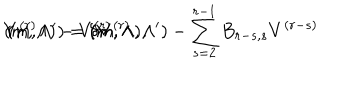
V ^ { ( r ) } \hspace { - . 0 7 c m } ( m , \Lambda ) - V ^ { ( r ) } \hspace { - . 1 2 c m } \left( m , \Lambda ^ { \prime } \right) = { \delta V ^ { ( r ) } \hspace { - . 0 7 c m } ( m , \Lambda , \Lambda ^ { \prime } ) - \sum _ { s = 2 } ^ { r - 1 } B _ { r - s , s } V ^ { ( r - s ) } \hspace { - . 0 7 c m } ( m , \Lambda ) } ,